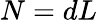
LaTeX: N=dL